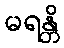
မရန္တိ